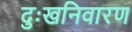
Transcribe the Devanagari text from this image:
दुःखनिवारण